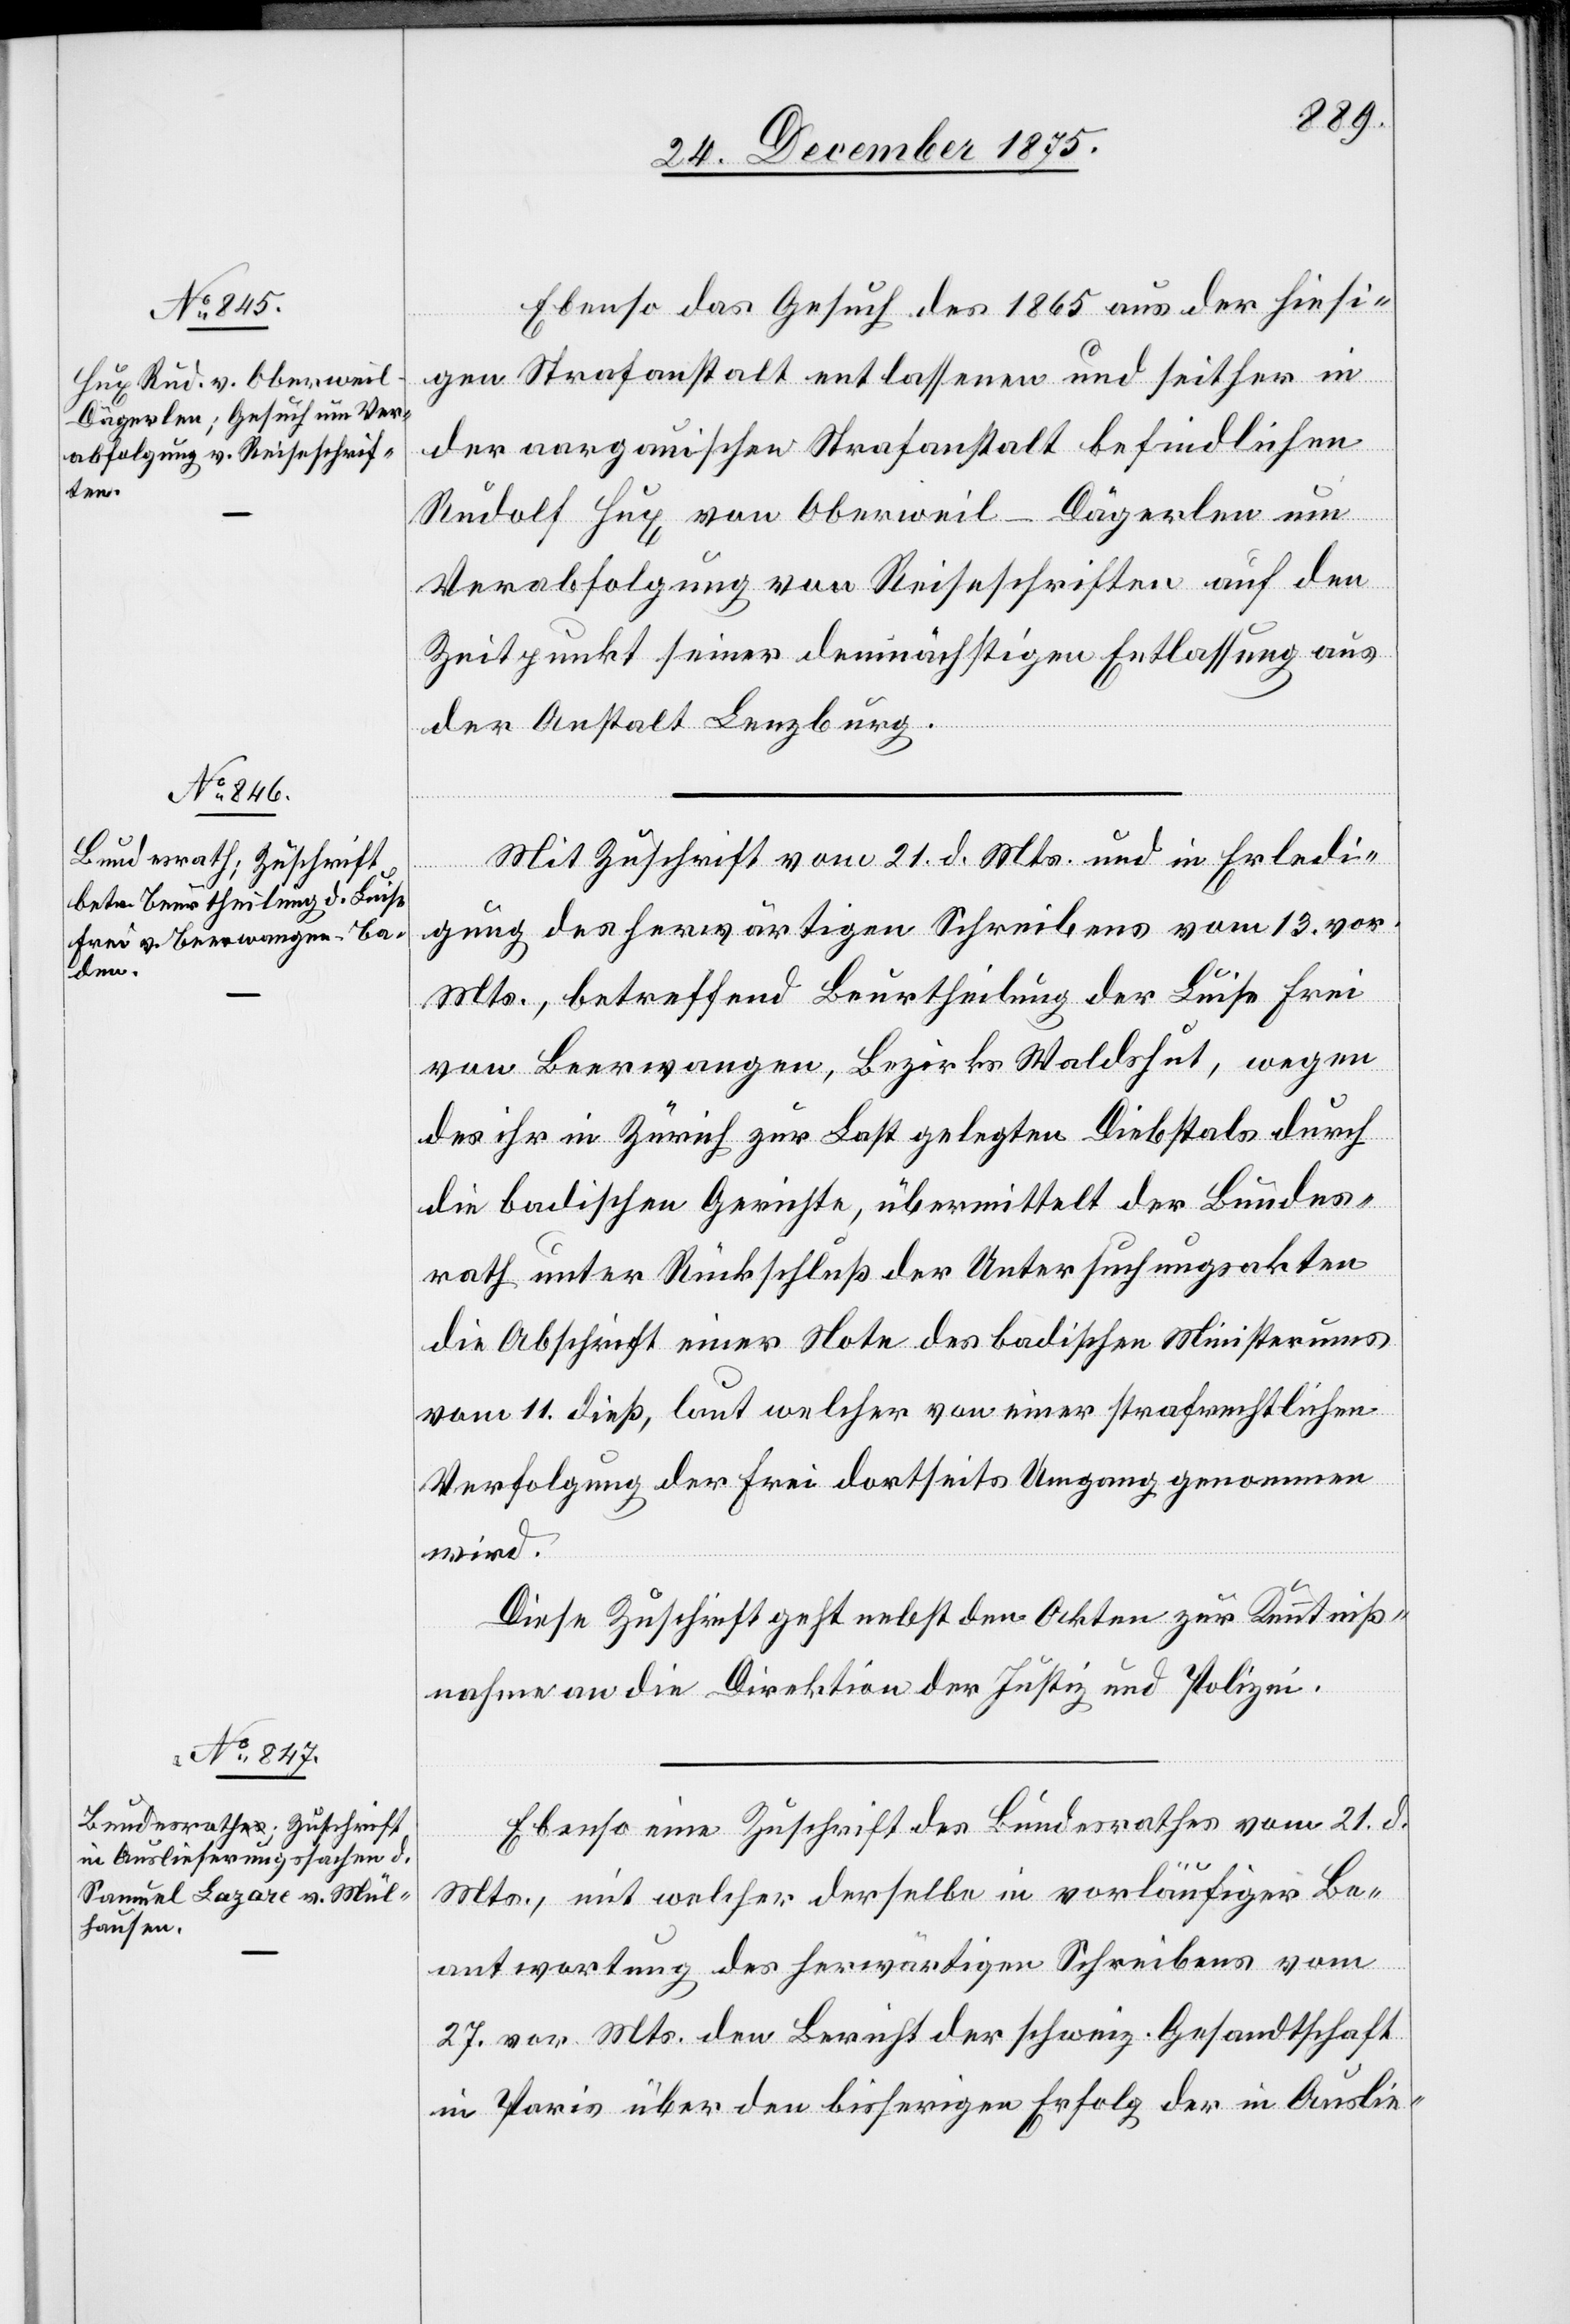
24. December 1875.]
Ebenso das Gesuch des 1865 aus der hiesi¬
gen Strafanstalt entlassenen und seither in
der aargauischen Strafanstalt befindlichen
Rudolf Hux von Oberweil - Dägerlen um
Verabfolgung von Reiseschriften auf den
Zeitpunkt seiner demnächstigen Entlassung aus
der Anstalt Lenzburg.
Mit Zuschrift vom 21. d. Mts. und in Erledi¬
gung des herwärtigen Schreibens vom 13. vor.
Mts., betreffend Beurtheilung der Luise Frei
von Beerwangen, Bezirk Waldshut, wegen
des ihr in Zürich zur Last gelegten Diebstals durch
die badischen Gerichte, übermittelt der Bundes¬
rath unter Rückschluß der Untersuchungsakten
die Abschrift einer Note des badischen Ministeriums
vom 11. dieß, laut welcher von einer strafrechtlichen
Verfolgung der Frei dortseits Umgang genommen
wird.
Diese Zuschrift geht nebst den Akten zur Kenntniß¬
nahme an die Direktion der Justiz und Polizei.
Ebenso eine Zuschrift des Bundesrathes vom 21. d.
Mts., mit welcher derselbe in vorläufiger Be¬
antwortung des herwärtigen Schreibens vom
27. vor. Mts. den Bericht der schweiz. Gesandtschaft
in Paris über den bisherigen Erfolg der in Auslie-